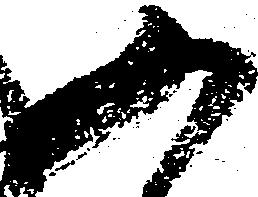
又